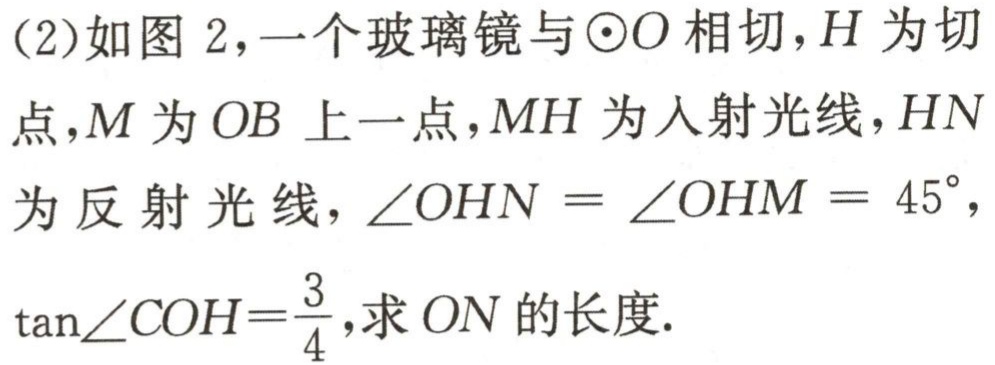
(2)如图 2，一个玻璃镜与\(\odot O\)相切，\(H\)为切点，\(M\)为\(OB\)上一点，\(MH\)为入射光线，\(HN\)为反射光线，\(\angle OHN = \angle OHM = 45^{\circ}\)，\(\tan\angle COH=\frac{3}{4}\)，求\(ON\)的长度.